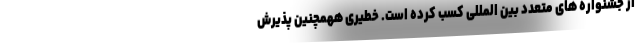
از جشنواره های متعدد بین المللی کسب کرده است. خطیری ههمچنین پذیرش